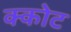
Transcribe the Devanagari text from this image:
क्कोट